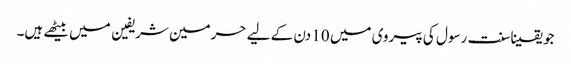
جو یقینا سنت رسول کی پیروی میں 10 دن کے لیے حرمین شریفین میں بیٹھے ہیں۔